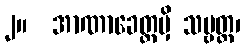
၂။  အာဏာခေတ္တမှိ သဗ္ဗတ္ထ၊